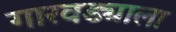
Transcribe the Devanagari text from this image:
गारवड्याला